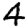
Digit: 4